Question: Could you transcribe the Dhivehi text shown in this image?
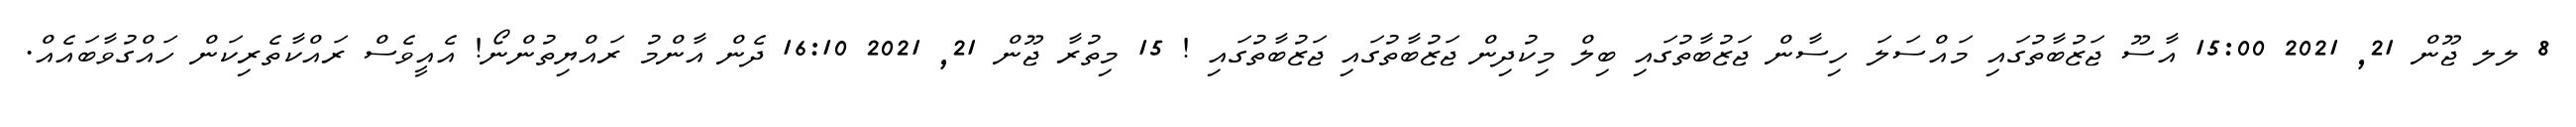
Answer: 8 ލލ ޖޫން 21, 2021 15:00 އާސޫ ޖަޒުބާތުގައި މައްސަލަ ހިސާން ޖަޒުބާތުގައި ބިލް މިކުދިން ޖަޒުބާތުގައި ޖަޒުބާތުގައި ! 15 މިތުރާ ޖޫން 21, 2021 16:10 ދެން އާންމު ރައްޔިތުންނޯ! އެއީވެސް ރައްކާތެރިކަން ހައްގުވާބައެއް.